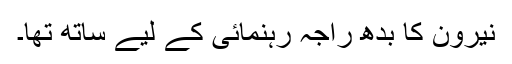
نیرون کا بدھ راجہ رہنمائی کے لیے ساتھ تھا۔